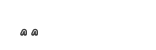
١٠